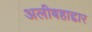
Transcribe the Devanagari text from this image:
अलीबहाद्दार